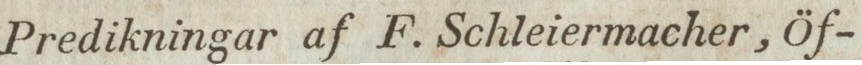
Predikningar af F. Schleiermacher, Öf-